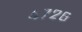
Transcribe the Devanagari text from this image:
४७२८